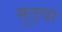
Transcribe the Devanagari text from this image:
मुठ्वा